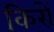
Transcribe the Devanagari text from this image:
किरों